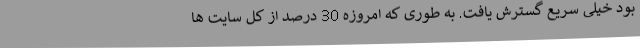
بود خیلی سریع گسترش یافت. به طوری که امروزه 30 درصد از کل سایت ها